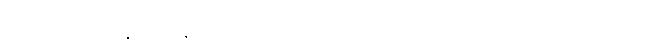
တထူပမော၊ ထိုနွားလားနှင့်တူသော။ အယံပုဂ္ဂလော၊ ဤပုဂ္ဂိုလ်ကို။ ဒဋ္ဌဗ္ဗော၊ မှတ်အပ်၏။